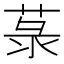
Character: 菉